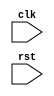
//test type : module_or_generate_item ::= gate_instantiation
//vparser rule name : 
module test_0290(clk, rst);
 input clk, rst;
 (* delay = 1, width = 2 *) nor (clk, rst);
endmodule